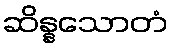
ဆိန္နသောတံ